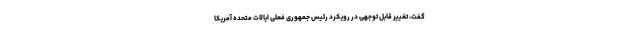
گفت، تغییر قابل توجهی در رویکرد رئیس جمهوری فعلی ایالات متحده آمریکا